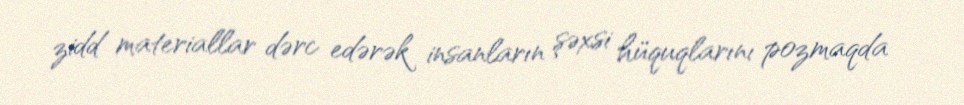
zidd materiallar dərc edərək insanların şəxsi hüquqlarını pozmaqda